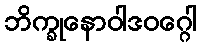
ဘိက္ခုနောဝါဒဝဂ္ဂေါ